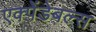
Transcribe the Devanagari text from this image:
एक्पेंडेबल्स